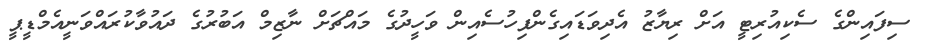
ސިފައިންގެ ސެކިއުރިޓީ އަށް ރިޔާޒު އެދިވަޑައިގެންފިހުސެއިން ވަހީދުގެ މައްޗަށް ނާޒިމް އަބުރުގެ ދައުވާކުރައްވަނީއެމްޑީޕީ